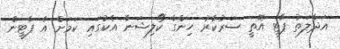
އަދާލަތު ޕާޓީ އޮތީ ސަރުކާރު ހިންގާ ކޯލިޝަނާ އެކުގައި ކަމަށް އެ ޕާޓީން